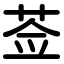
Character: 莶